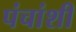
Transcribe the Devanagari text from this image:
पंचांशी